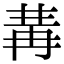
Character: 冓